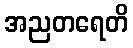
အညတရေတိ